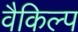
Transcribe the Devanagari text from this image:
वैकिल्प